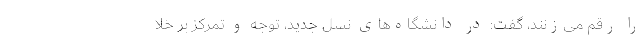
را رقم می‌زنند، گفت: در دانشگاه‌های نسل جدید، توجه و تمركز بر خلا